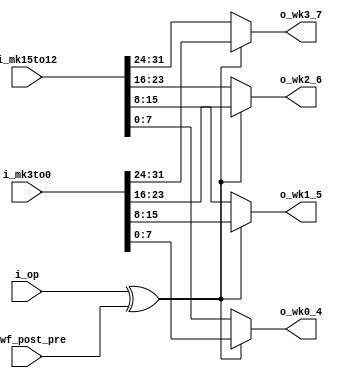
module WKG(
	i_op          , 
	i_wf_post_pre ,
	i_mk3to0      ,
	i_mk15to12    , 
	o_wk3_7       ,  
	o_wk2_6       ,   
	o_wk1_5       ,  
	o_wk0_4         
);
input       i_op          ; 
input       i_wf_post_pre ;
input[31:0] i_mk3to0      ;
input[31:0] i_mk15to12    ; 
output[7:0] o_wk3_7       ;  
output[7:0] o_wk2_6       ;   
output[7:0] o_wk1_5       ;  
output[7:0] o_wk0_4       ; 
wire        w_out_sel;
assign      w_out_sel = i_op ^ i_wf_post_pre; 
assign      o_wk3_7 = (~w_out_sel) ? i_mk15to12[31:24] : 
                                     i_mk3to0[31:24]   ; 
assign      o_wk2_6 = (~w_out_sel) ? i_mk15to12[23:16] : 
                                     i_mk3to0[23:16]   ; 
assign      o_wk1_5 = (~w_out_sel) ? i_mk15to12[15:8]  : 
                                     i_mk3to0[15:8]    ; 
assign      o_wk0_4 = (~w_out_sel) ? i_mk15to12[7:0]   : 
                                     i_mk3to0[7:0]     ; 
endmodule